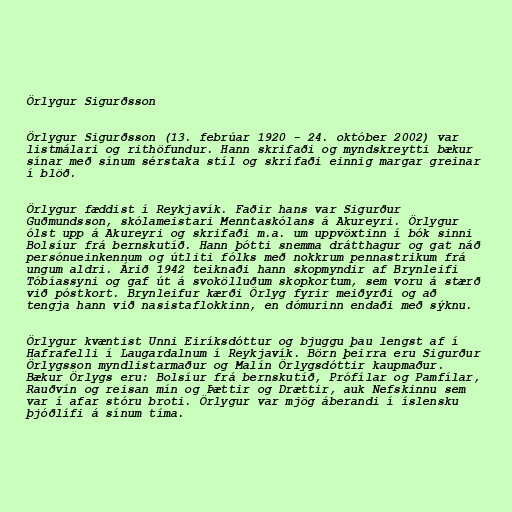
Örlygur Sigurðsson

Örlygur Sigurðsson (13. febrúar 1920 - 24. október 2002) var
listmálari og rithöfundur. Hann skrifaði og myndskreytti bækur
sínar með sínum sérstaka stíl og skrifaði einnig margar greinar
í blöð.

Örlygur fæddist í Reykjavík. Faðir hans var Sigurður
Guðmundsson, skólameistari Menntaskólans á Akureyri. Örlygur
ólst upp á Akureyri og skrifaði m.a. um uppvöxtinn í bók sinni
Bolsíur frá bernskutíð. Hann þótti snemma drátthagur og gat náð
persónueinkennum og útliti fólks með nokkrum pennastrikum frá
ungum aldri. Árið 1942 teiknaði hann skopmyndir af Brynleifi
Tóbíassyni og gaf út á svokölluðum skopkortum, sem voru á stærð
við póstkort. Brynleifur kærði Örlyg fyrir meiðyrði og að
tengja hann við nasistaflokkinn, en dómurinn endaði með sýknu.

Örlygur kvæntist Unni Eiríksdóttur og bjuggu þau lengst af í
Hafrafelli í Laugardalnum í Reykjavík. Börn þeirra eru Sigurður
Örlygsson myndlistarmaður og Malín Örlygsdóttir kaupmaður.
Bækur Örlygs eru: Bolsíur frá bernskutíð, Prófílar og Pamfílar,
Rauðvín og reisan mín og Þættir og Drættir, auk Nefskinnu sem
var í afar stóru broti. Örlygur var mjög áberandi í íslensku
þjóðlífi á sínum tíma.